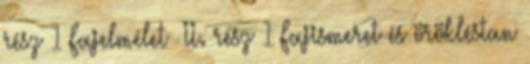
rész 1 Fajelmélet –II. rész 1 Fajismeret és örökléstan